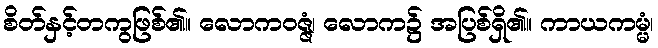
စိတ်နှင့်တကွဖြစ်၏။ လောကဝဇ္ဇံ၊ လောက၌ အပြစ်ရှိ၏။ ကာယကမ္မံ၊